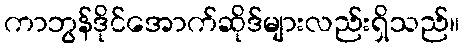
ကာဘွန်ဒိုင်အောက်ဆိုဒ်များလည်းရှိသည်။